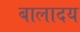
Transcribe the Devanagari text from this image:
बालादय